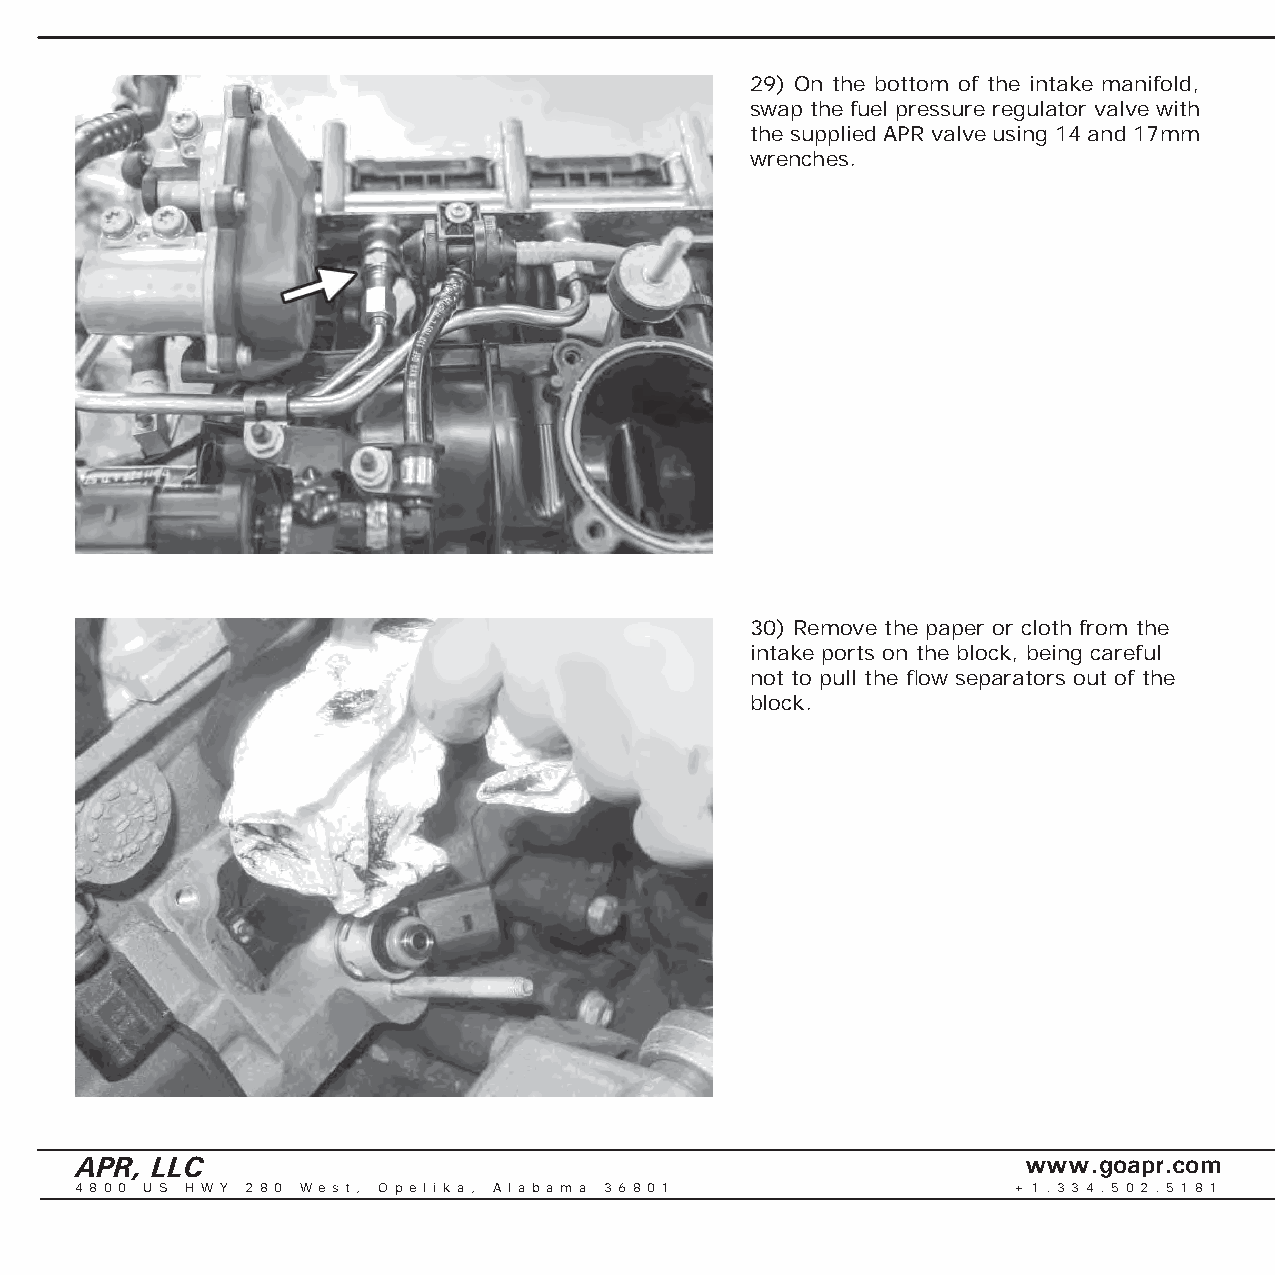
29) On the bottom of the intake manifold,
 swap the fuel pressure regulator valve with
 the supplied APR valve using 14 and 17mm
 wrenches.
 30) Remove the paper or cloth from the
 intake ports on the block, being careful
 not to pull the fl ow separators out of the
 block.
 APR, LLC                                                       www.goapr.com
 4 8 0 0 U S H W Y 2 8 0 We s t , O p e l i k a , A l a b a m a 3 6 8 0 1 + 1 . 3 3 4 . 5 0 2 . 5 1 8 1